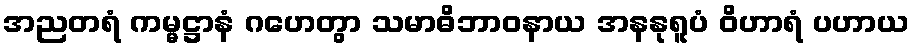
အညတရံ ကမ္မဋ္ဌာနံ ဂဟေတွာ သမာဓိဘာဝနာယ အနနုရူပံ ဝိဟာရံ ပဟာယ